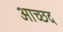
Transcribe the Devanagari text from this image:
आच्छद